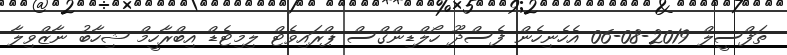
ތަފްސީލް 2019-08-06 އެހެނިހެން ފެސްދޫ ހޯލްޑިންގްސް ޕްރައިވެޓް ލިމިޓެޑް އިބްރާހީމް ޝިހާބު ނާޒްވިލާ